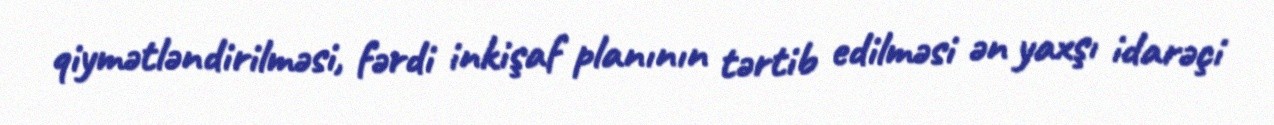
qiymətləndirilməsi, fərdi inkişaf planının tərtib edilməsi ən yaxşı idarəçi